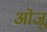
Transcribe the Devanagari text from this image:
ओजू